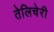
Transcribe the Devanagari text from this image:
तेलिचेरी